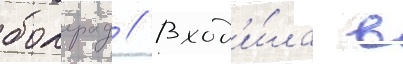
болград // Вход'и́ла в